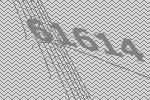
61614